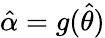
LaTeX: {\hat{\alpha}}=g({\hat{\theta}})